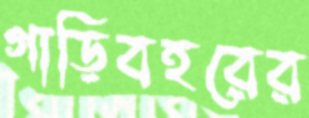
গাড়িবহরের